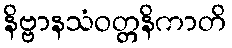
နိဗ္ဗာနသံဝတ္တနိကာတိ